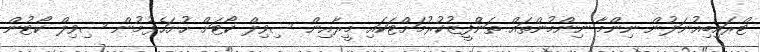
ޓްރައިބިއުނަލުން ނިންމާ ނިންމުންތައް ތަންފީޒުކުރުމަށްޓަކައި މީރާއިން ސިވިލް ކޯޓަށް ހުށަހެޅުމުން ސިވިލް ކޯޓުން